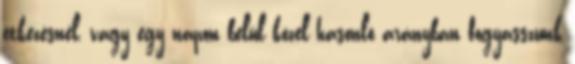
étkezésnél, vagy egy napon belül közel hasonló arányban fogyasszunk